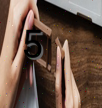
5